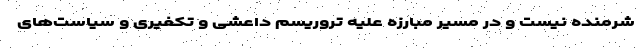
شرمنده نیست و در مسیر مبارزه علیه تروریسم داعشی و تکفیری و سیاست‌های